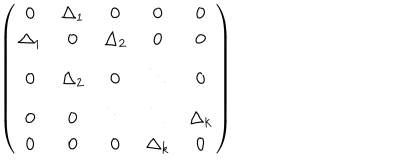
\left( \begin{array} { c c c c c } { { 0 } } & { { \Delta _ { 1 } } } & { { 0 } } & { { 0 } } & { { 0 } } \\ { { \Delta _ { 1 } } } & { { 0 } } & { { \Delta _ { 2 } } } & { { 0 } } & { { 0 } } \\ { { 0 } } & { { \Delta _ { 2 } } } & { { 0 } } & { { \ddots } } & { { 0 } } \\ { { 0 } } & { { 0 } } & { { \ddots } } & { { \ddots } } & { { \Delta _ { k } } } \\ { { 0 } } & { { 0 } } & { { 0 } } & { { \Delta _ { k } } } & { { 0 } } \\ \end{array} \right)